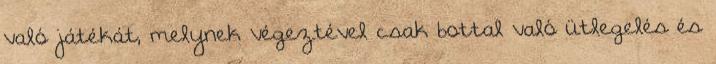
való játékát, melynek végeztével csak bottal való ütlegelés és